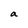
Character: a